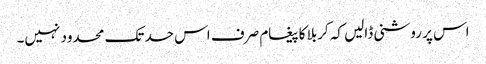
اس پر روشنی ڈالیں کہ کربلا کا پیغام صرف اس حد تک محدود نہیں۔